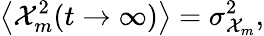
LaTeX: \left<\mathcal{X}_{m}^{2}(t\to\infty)\right>=\sigma_{\mathcal{X}_{m}}^{2},